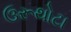
ઉરૂથોટા